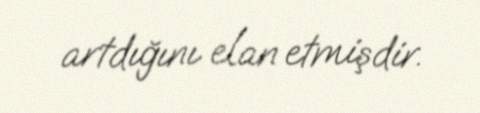
artdığını elan etmişdir.